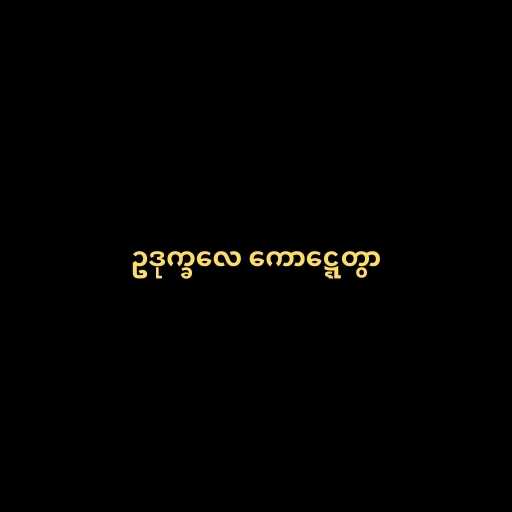
ဥဒုက္ခလေ ကောဋ္ဋေတွာ